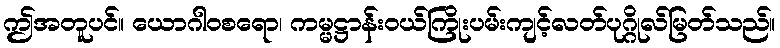
ဤအတူပင်။ ယောဂါဝစရော၊ ကမ္မဋ္ဌာန်းဝယ်ကြိုးပမ်းကျင့်လတ်ပုဂ္ဂိုလ်မြတ်သည်။